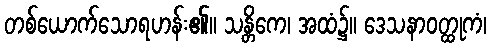
တစ်ယောက်သောရဟန်း၏။ သန္တိကေ၊ အထံ၌။ ဒေသနာဝတ္ထုကံ၊